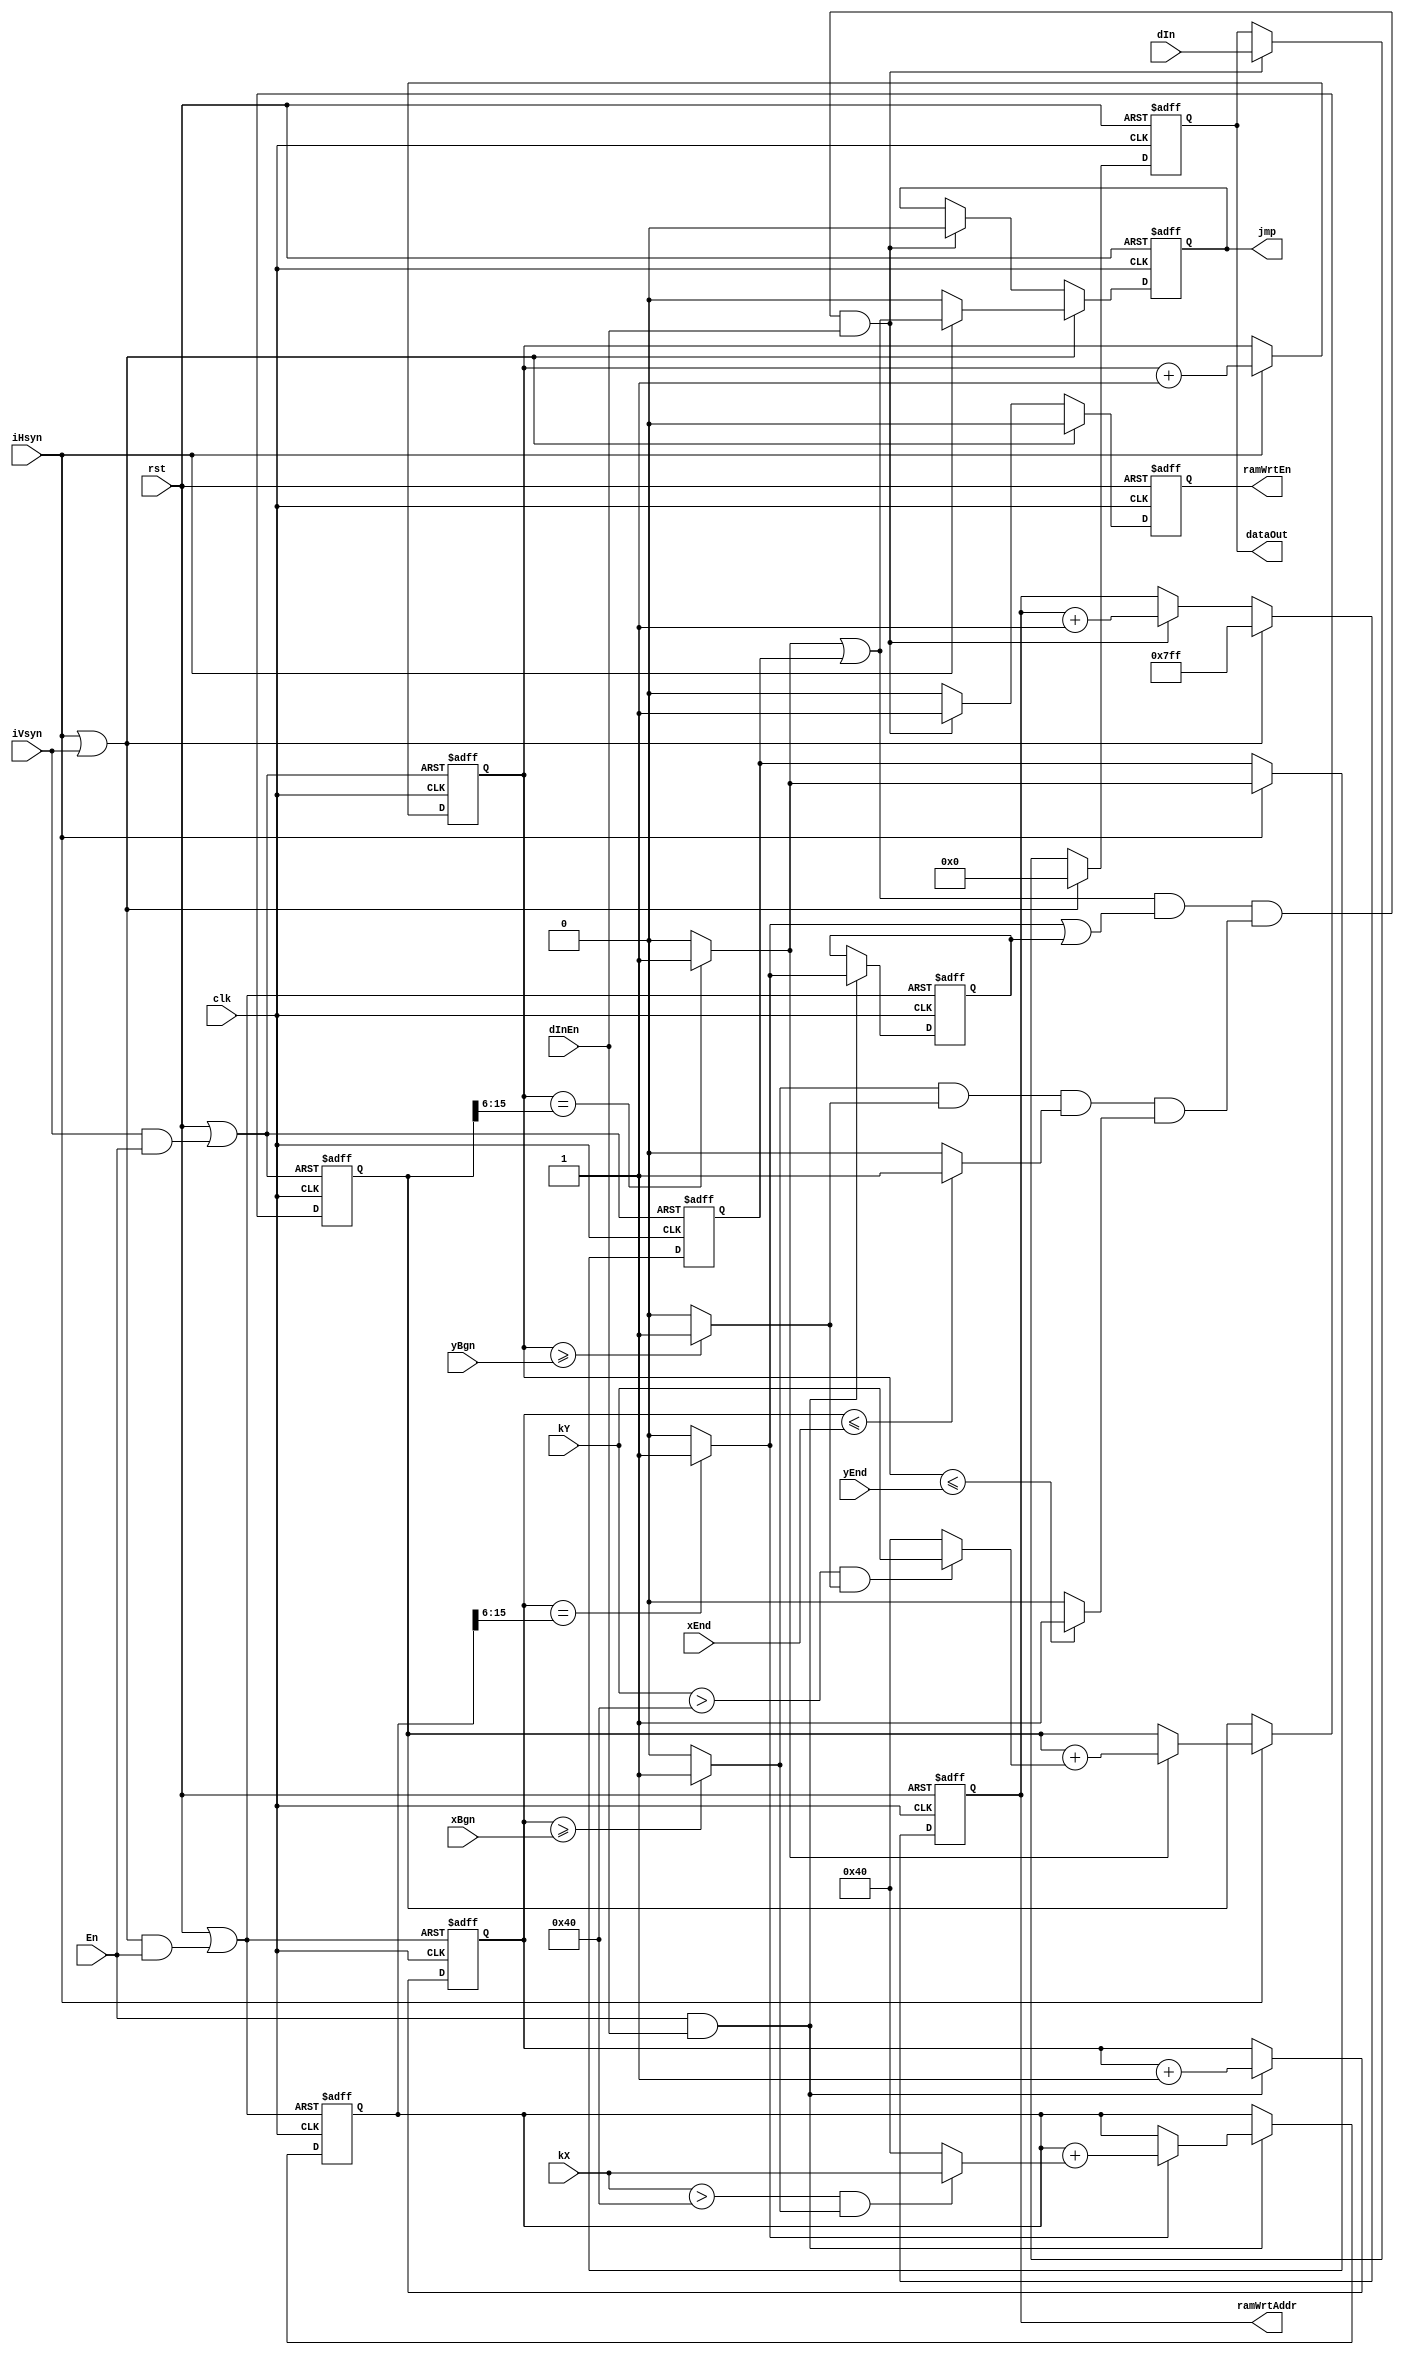
/*

:  
: 1.1
2014/4/12

*/ 
 
module inputCtrl(clk,rst,xBgn,xEnd,yBgn,yEnd,dInEn,dIn,iHsyn,iVsyn,En,kX,kY,ramWrtAddr,ramWrtEn,dataOut,jmp);
//
parameter	DATA_WIDTH 		=	24;		//
parameter	INPUT_RES_WIDTH	=  	10;		//
parameter	SCALE_FRAC_WIDTH =	6;		//
parameter 	SCALE_INT_WIDTH	=	2; 		//
parameter 	ADDRESS_WIDTH 	=	11;		//RAM
								
//
parameter 	SCALE_WIDTH 	= SCALE_FRAC_WIDTH + SCALE_INT_WIDTH;//
parameter	CAL_WIDTH 	= INPUT_RES_WIDTH+SCALE_FRAC_WIDTH; //

// 
//
input wire 								clk;			//
input wire								rst;			//
input wire								iHsyn;			//
input wire 								iVsyn;			//	
input wire								dInEn;			//
input wire	[INPUT_RES_WIDTH-1:0]		xBgn;			//X
input wire	[INPUT_RES_WIDTH-1:0]		xEnd;			//X			
input wire	[INPUT_RES_WIDTH-1:0]		yBgn;			//X
input wire	[INPUT_RES_WIDTH-1:0]		yEnd;			//X
input wire	[DATA_WIDTH-1:0]			dIn;			//
//coefCal
input wire 								En;				//
input wire	[SCALE_WIDTH-1:0]			kY;				//
input wire	[SCALE_WIDTH-1:0]			kX;				//	

// 
//RAMCal
output reg	[ADDRESS_WIDTH-1:0]		ramWrtAddr;		//RAM
//RAM
output reg								ramWrtEn;		//RAM
output reg	[DATA_WIDTH-1:0]			dataOut;		//,ram
output reg								jmp;			//RAMFIFOFIFO

//
//
wire	xBgnEn;											//
wire 	yBgnEn;											//
wire 	xEndEn;											//
wire	yEndEn;											//
wire	boundEn;										//
wire 	[SCALE_WIDTH-1:0]	coefOneAdd 	=	{2'b01,{(SCALE_FRAC_WIDTH){1'b0}}};		// kY1
wire	[SCALE_WIDTH-1:0]	xAdder		=	(kX>coefOneAdd&xBgnEn)?kX:coefOneAdd;	//kX1
wire	[SCALE_WIDTH-1:0]	yAdder 		=	(kY>coefOneAdd&yBgnEn)?kY:coefOneAdd;	//
reg		[CAL_WIDTH-1:0]		xCal;													//x
reg		[CAL_WIDTH-1:0]		yCal;													//y
wire 	[CAL_WIDTH-1:0]  	xNxtCal		=	xCal+xAdder;							//x
wire 	[CAL_WIDTH-1:0]  	yNxtCal		=	yCal+yAdder;							//y

//xyaddress
//Address=[outCal]ram
wire 	xThisEn;								
wire	yThisEn;
//
reg		xPreEn;														//
reg		yPreEn;														//
reg		[INPUT_RES_WIDTH-1:0]	xAddress;							//x
wire	[INPUT_RES_WIDTH-1:0]	xNxtAddress=xAddress+1;				//	
reg		[INPUT_RES_WIDTH-1:0]	yAddress;							//y
wire	[INPUT_RES_WIDTH-1:0]	yNxtAddress=yAddress+1;				//	

//	
assign	xBgnEn=(xAddress>=xBgn)?1:0;
assign 	yBgnEn=(yAddress>=yBgn)?1:0;
assign 	xEndEn=(xAddress<=xEnd)?1:0;
assign	yEndEn=(yAddress<=yEnd)?1:0;
//
assign	xThisEn	=(xAddress==xCal[CAL_WIDTH-1:SCALE_FRAC_WIDTH])?1:0;	//
assign	yThisEn	=(yAddress==yCal[CAL_WIDTH-1:SCALE_FRAC_WIDTH])?1:0;	//
assign	boundEn = xBgnEn&yBgnEn&xEndEn&yEndEn;

wire xRst=rst|(iVsyn|iHsyn)&En;										//
//
always@(posedge clk or posedge xRst )begin
	if(xRst) begin					///
		xAddress<=0;
		xCal<=0;
		xPreEn<=0;
	end
	else if(En&dInEn)begin 				
		xAddress<=xNxtAddress;
		xPreEn<=xThisEn;
		if(xThisEn)			//[xCal]=xAddress xCal
			xCal<=xNxtCal;
	end
end//end always

wire yRst=rst|(iVsyn&En);											//
//
always@(posedge clk or posedge yRst )begin
	if(yRst)begin					//
		yAddress<=0;
		yCal<=0;
		yPreEn<=0;
	end
	else if(iHsyn) begin 				
		yAddress<=yNxtAddress;
		yPreEn<=yThisEn;
		if(yThisEn)			//[xCal]=xAddress xCal
			yCal<=yNxtCal;
	end
end//end always


//RAM
wire	yEn	=	yThisEn|yPreEn;	//
wire	xEn =	xThisEn|xPreEn; //
wire	trueEn	= yEn & xEn & boundEn & dInEn;

//ram
always@(posedge clk or posedge rst)begin
	if(rst) begin
		ramWrtAddr<={ADDRESS_WIDTH{1'b1}};//-100
		ramWrtEn<=0;					   
		dataOut<=0;						   
		jmp<=0;
	end
	else if (iHsyn|iVsyn) begin
		ramWrtAddr<={ADDRESS_WIDTH{1'b1}};
		ramWrtEn<=0;			   
		dataOut<=0;	
		if(iHsyn)					//FIFO
			jmp<=yEn;				//FIFO
		else	  
			jmp<=0;	
	end
	else if (trueEn) begin			//
		ramWrtAddr<=ramWrtAddr+1;
		ramWrtEn<=1;
		dataOut<=dIn;
		jmp<=0;
	end
	else 
		ramWrtEn<=0;
end
endmodule